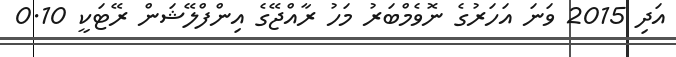
އަދި 2015 ވަނަ އަހަރުގެ ނޮވެމްބަރު މަހު ރާއްޖޭގެ އިންފްލޭޝަން ރޭޓަކީ 0.10